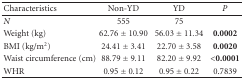
| Characteristics | Non-YD | YD | P |
 | --- | --- | --- | --- |
 | N | 555 | 75 |  |
 | Weight (kg) | 62.76 ± 10.90 | 56.03 ± 11.34 | 0.0002 |
 | BMI (kg/m2) | 24.41 ± 3.41 | 22.70 ± 3.58 | 0.0020 |
 | Waist circumference (cm) | 88.79 ± 9.11 | 82.20 ± 9.92 | <0.0001 |
 | WHR | 0.95 ± 0.12 | 0.95 ± 0.22 | 0.7839 |